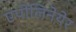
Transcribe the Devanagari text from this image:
एपोलिनेयेर